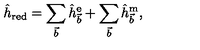
\hat { h } _ { \mathrm { r e d } } = \sum _ { \vec { b } } \hat { h } _ { \vec { b } } ^ { \mathrm { e } } + \sum _ { \vec { b } } \hat { h } _ { \vec { b } } ^ { \mathrm { m } } ,